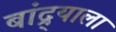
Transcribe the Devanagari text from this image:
बांद्र्याला